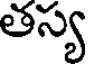
తస్య